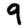
Digit: 9